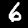
Digit: 6